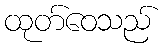
ထုတ်ဝေသည်